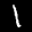
Label: 1